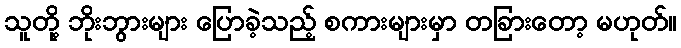
သူတို့ ဘိုးဘွားများ ပြောခဲ့သည့် စကားများမှာ တခြားတော့ မဟုတ်။